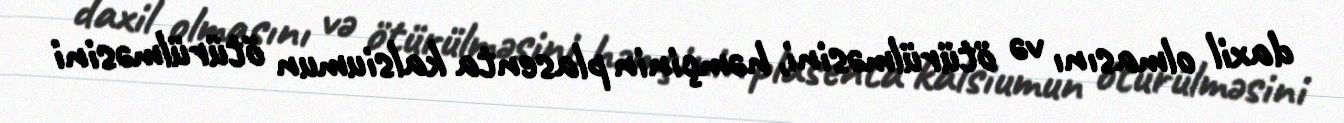
daxil olmasını və ötürülməsini, həmçinin plasenta kalsiumun ötürülməsini